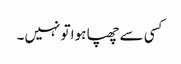
کسی سے چھپا ہوا تو نہیں۔